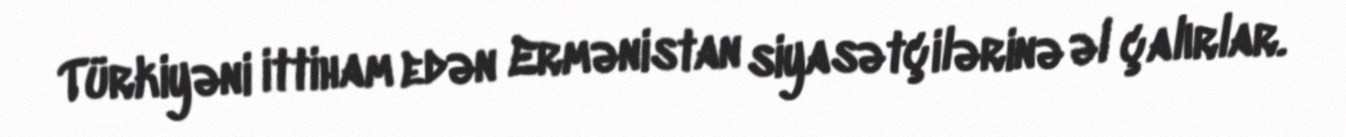
Türkiyəni ittiham edən Ermənistan siyasətçilərinə əl çalırlar.